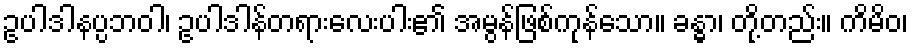
ဥပါဒါနပ္ပဘဝါ၊ ဥပါဒါန်တရားလေးပါး၏ အမွန်ဖြစ်ကုန်သော။ ခန္ဓာ၊ တို့တည်း။ ကိမိဝ၊